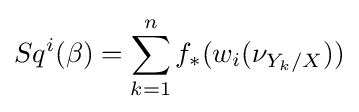
Sq^{i}(\beta )=\sum _{k=1}^{n}f_{*}(w_{i}(\nu _{Y_{k}/X}))